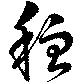
穏